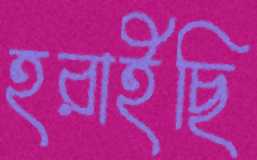
হরাইছি